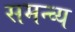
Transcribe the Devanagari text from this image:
समन्व्य